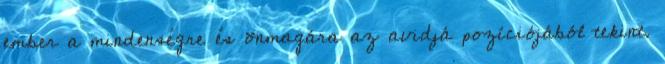
ember a mindenségre és önmagára az avidjá pozíciójából tekint.